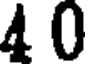
4 0